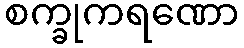
စက္ခုကရဏော